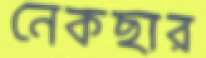
নেকছার